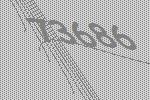
73686